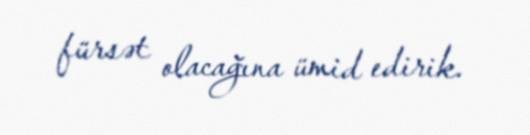
fürsət olacağına ümid edirik.